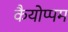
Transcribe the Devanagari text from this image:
कैयोप्पम